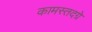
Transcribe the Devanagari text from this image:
कामस्तदग्रे